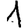
Digit: 1